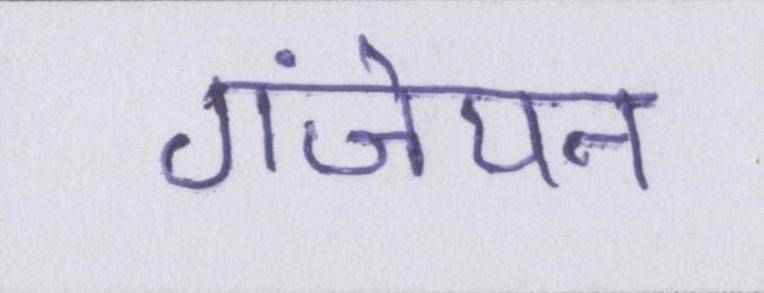
गंजेपन